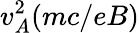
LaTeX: v_{A}^{2}(mc/eB)